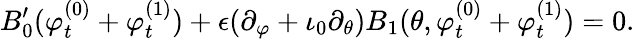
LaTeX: B_{0}^{\prime}(\varphi_{t}^{(0)}+\varphi_{t}^{(1)})+\epsilon(\partial_{\varphi}+\iota_{0}\partial_{\theta})B_{1}(\theta,\varphi_{t}^{(0)}+\varphi_{t}^{(1)})=0.